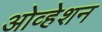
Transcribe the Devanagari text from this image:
ओव्हेशन